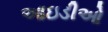
આઇડીઓ